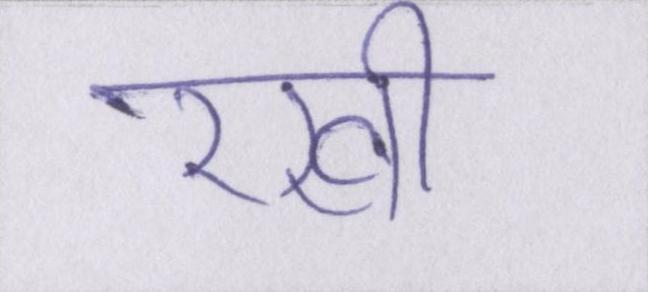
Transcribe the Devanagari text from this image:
रखी।